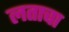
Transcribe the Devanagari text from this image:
लताचा